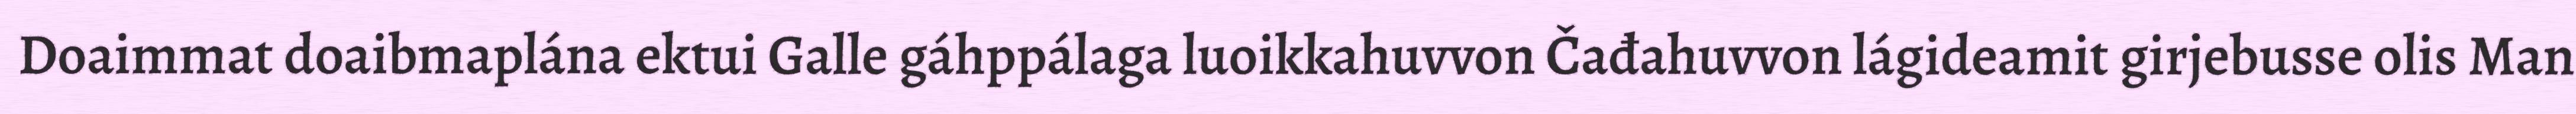
Doaimmat doaibmaplána ektui Galle gáhppálaga luoikkahuvvon Čađahuvvon lágideamit girjebusse olis Man